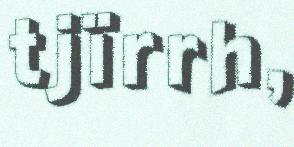
tjïrrh,